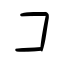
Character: コ